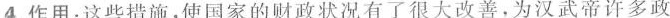
4.作用：这些措施，使国家的财政状况有了很大改善，为汉武帝许多政